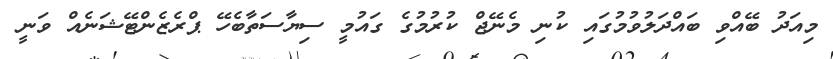
މިއަދު ބޭއްވި ބައްދަލުވުމުގައި ކުނި މެނޭޖް ކުރުމުގެ ގައުމީ ސިޔާސަތާބެހޭ ޕްރެޒެންޓޭޝަނެއް ވަނީ